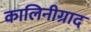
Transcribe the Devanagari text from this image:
कालिनीग्राद